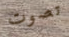
تصوت